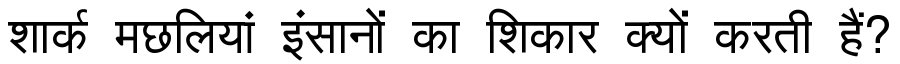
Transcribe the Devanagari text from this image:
शार्क मछलियां इंसानों का शिकार क्यों करती हैं?